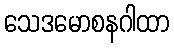
သေဒမောစနဂါထာ